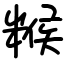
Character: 糇